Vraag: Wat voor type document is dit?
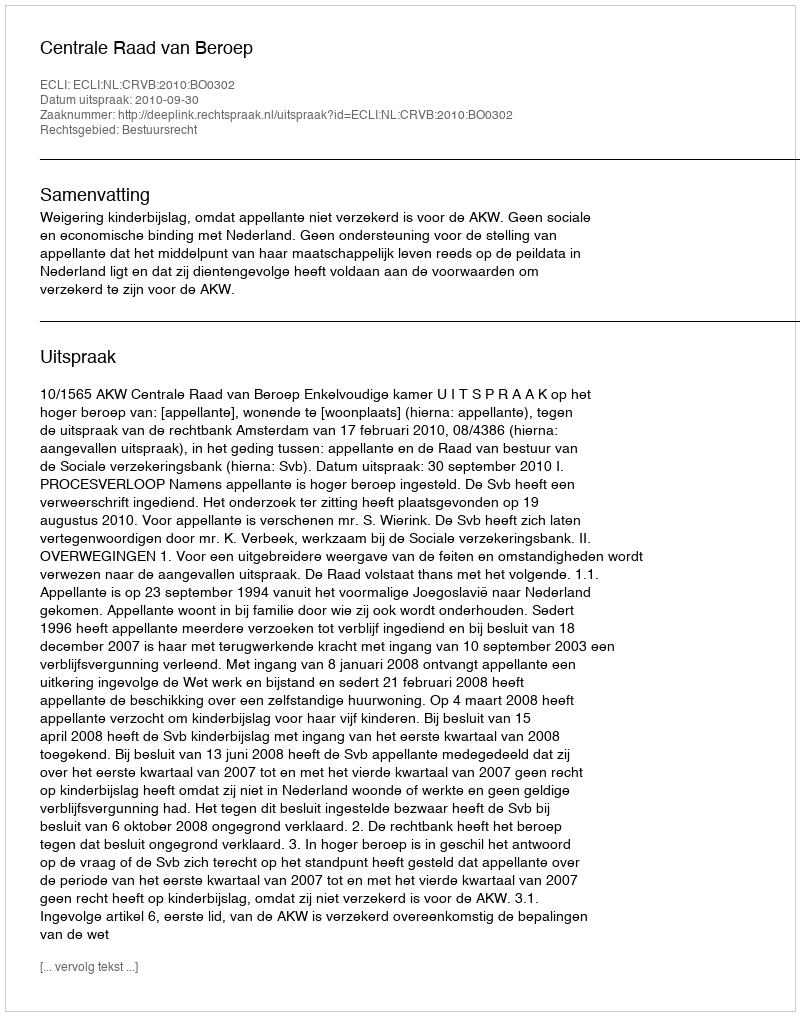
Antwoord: Uitspraak